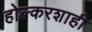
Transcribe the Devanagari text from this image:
होल्करशाही